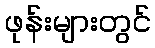
ဖုန်းများတွင်